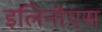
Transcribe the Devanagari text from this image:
इलिनोएस